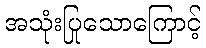
အသုံးပြုသောကြောင့်